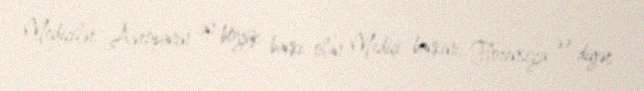
Mediçilər Avropanın ən böyük bankı olan Mediçi bankını, Florensiya və digər